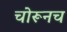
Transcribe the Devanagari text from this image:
चोरूनच